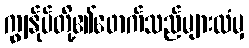
ကျွန်ုပ်တို့၏ဖောက်သည်များထံမှ